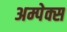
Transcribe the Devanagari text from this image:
अम्पेक्स